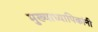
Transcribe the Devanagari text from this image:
मुख्याध्यापिकांनी